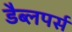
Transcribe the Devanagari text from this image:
डैब्लपर्स